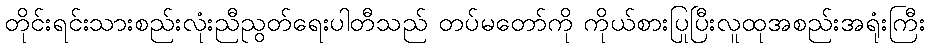
တိုင်းရင်းသားစည်းလုံးညီညွတ်ရေးပါတီသည် တပ်မတော်ကို ကိုယ်စားပြုပြီးလူထုအစည်းအရုံးကြီး